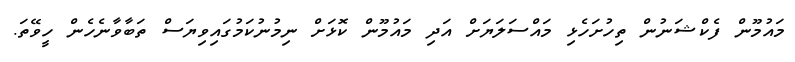
މައުމޫން ފެކްޝަނުން ތިހުށަހެޅި މައްސަލަޔަށް އަދި މައުމޫން ކޮޅަށް ނިމުނުކަމުގައިވިޔަސް ތަބާވާނެހެން ހީވޭތަ.